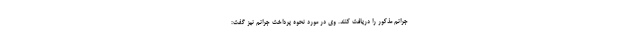
جرائم مذکور را دریافت کنند. وی در مورد نحوه پرداخت جرائم نیز گفت: